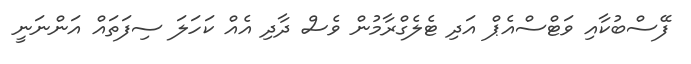
ފޭސްބުކާއި ވަޓްސްއެޕް އަދި ޓެލެގްރާމުން ވެސް ދާދި އެއް ކަހަލަ ސިފަތައް އަންނަނީ